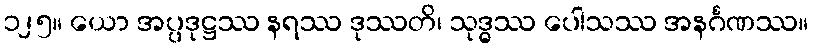
၁၂၅။ ယော အပ္ပဒုဋ္ဌဿ နရဿ ဒုဿတိ၊ သုဒ္ဓဿ ပေါသဿ အနင်္ဂဏဿ။